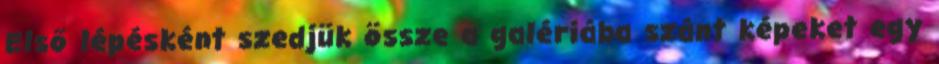
Első lépésként szedjük össze a galériába szánt képeket egy